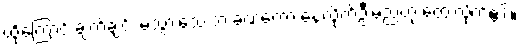
ထို့ကြောင့် ချက်ချင်း မသွားသေးဘဲ ခဏတော့ နေလိုက်ဦးမည်ဟု တွေးလိုက်၏။